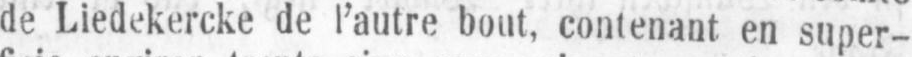
de Liedekercke de l’autre bout, contenant en super-